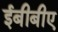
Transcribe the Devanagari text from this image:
ईबीबीए